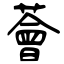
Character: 薈